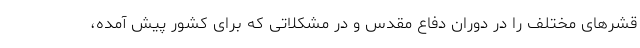
قشرهای مختلف را در دوران دفاع مقدس و در مشکلاتی که برای کشور پیش آمده،